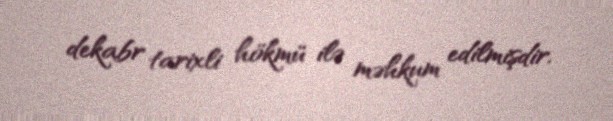
dekabr tarixli hökmü ilə məhkum edilmişdir.